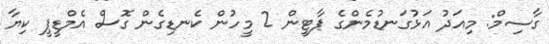
ގާސިމް: މިއަދު އަޅުގަނޑުމެންގެ ޕާޓީން 2 މީހުން ކެނޑިގެން ގޮސް އެމްޑީޕީ ކިޔާ